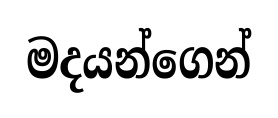
මදයන්ගෙන්